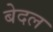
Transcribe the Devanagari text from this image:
बेदल